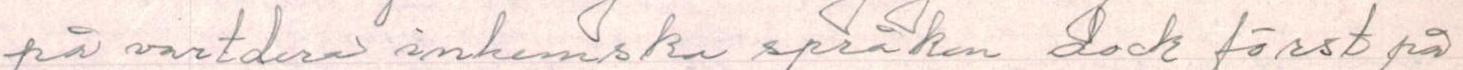
på vartdera inkom ska språken dock först på